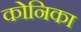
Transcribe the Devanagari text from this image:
कोनिका